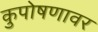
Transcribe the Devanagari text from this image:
कुपोषणावर